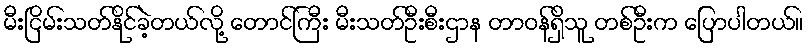
မီးငြိမ်းသတ်နိုင်ခဲ့တယ်လို့ တောင်ကြီး မီးသတ်ဦးစီးဌာန တာဝန်ရှိသူ တစ်ဦးက ပြောပါတယ်။